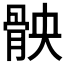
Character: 𮪧